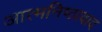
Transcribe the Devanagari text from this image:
आत्मनिष्ठावाद